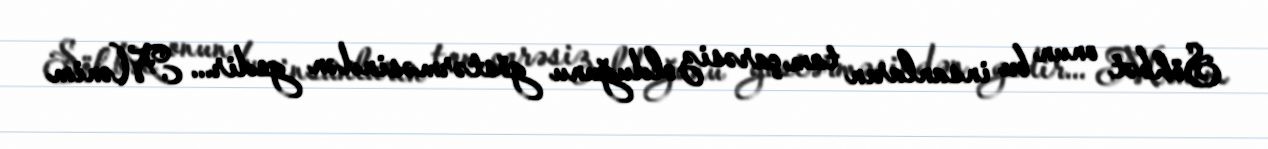
Söhbət onun bu insanların tam çarəsiz olduğunu göstərməsindən gedir... Mənim